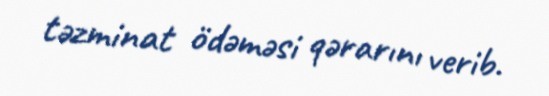
təzminat ödəməsi qərarını verib.